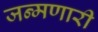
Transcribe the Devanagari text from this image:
जन्मणारी